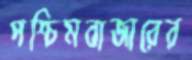
পশ্চিমবাজারের